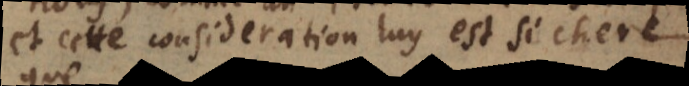
et cette consideration luy est si chere